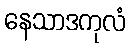
နေသာဒကုလံ